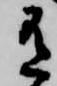
有